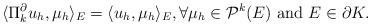
LaTeX: \begin{align*}\langle\Pi_k^\partial u_h, \mu_h\rangle_{E}=\langle u_h, \mu_h\rangle_{E}, \forall \mu_h\in \mathcal{P}^k (E) \ \textup{and} \ E\in \partial K.\end{align*}